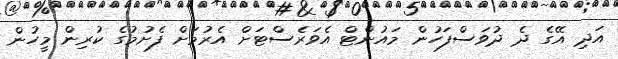
އަދި އޭގެ ދެ ދުވަސްފަހުން މައުންޓް އެވަރެސްޓަށް އެރުމަށް ފެށުމުގެ ކުރިން މީހުން